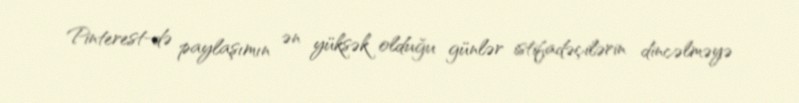
Pinterest-də paylaşımın ən yüksək olduğu günlər istifadəçilərin dincəlməyə